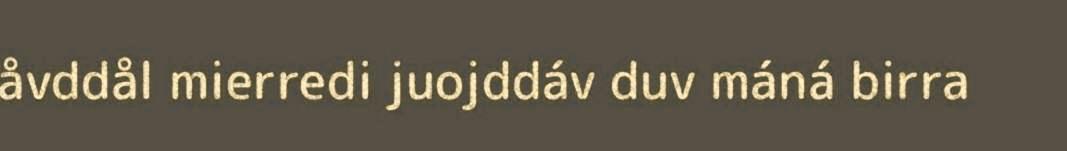
åvddål mierredi juojddáv duv máná birra